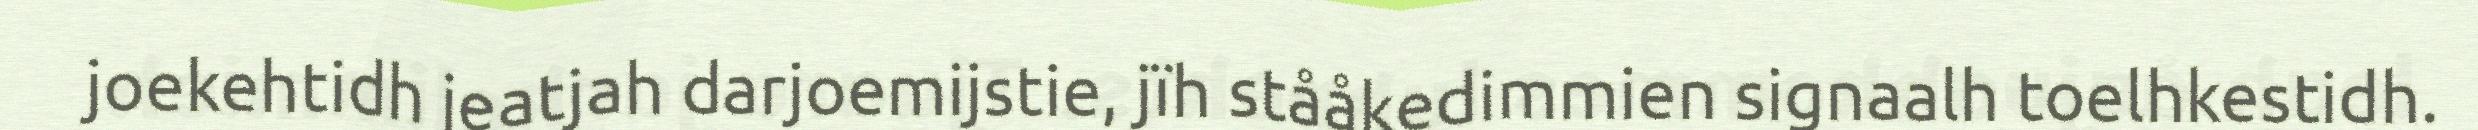
joekehtidh jeatjah darjoemijstie, jïh stååkedimmien signaalh toelhkestidh.